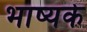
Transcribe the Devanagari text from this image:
भाष्यके